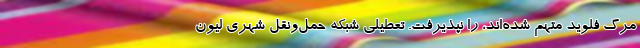
مرگ فلوید متهم شده‌اند، را نپذیرفت. تعطیلی شبکه حمل‌ونقل شهری لیون